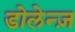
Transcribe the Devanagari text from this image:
डोलेन्ज़